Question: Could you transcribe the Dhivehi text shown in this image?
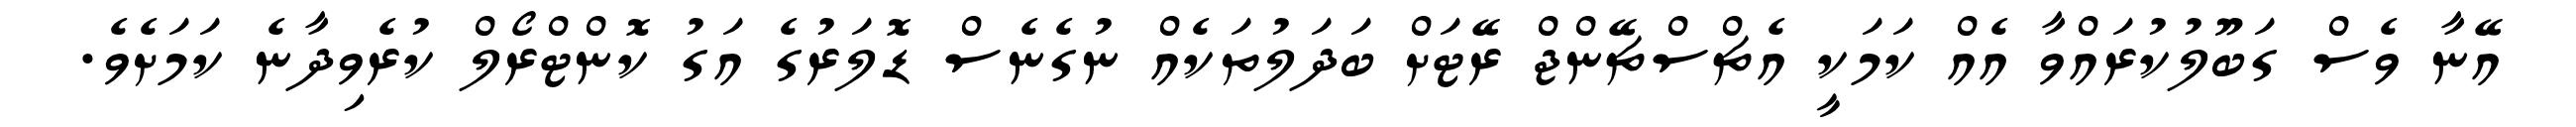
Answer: އޭނާ ވެސް ގަބޫލުކުރައްވާ އެއް ކަމަކީ އެޗްސްޗޭންޖް ރޭޓަށް ބަދަލުތަކެއް ނުގެނެސް ޑޮލަރުގެ އަގު ކޮންޓްރޯލް ކުރެވިދާނެ ކަމަށެވެ.